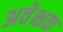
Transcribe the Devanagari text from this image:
अवेक्षक